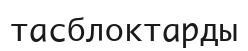
тасблоктарды